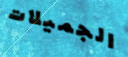
الجميلات